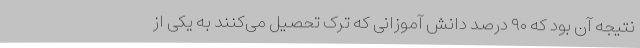
نتیجه آن بود که ۹۰ درصد دانش آموزانی که ترک تحصیل می‌کنند به یکی از